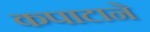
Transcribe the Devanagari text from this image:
कपाटाने